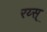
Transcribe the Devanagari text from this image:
रय्स्